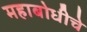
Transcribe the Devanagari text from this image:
महाबोधीचे